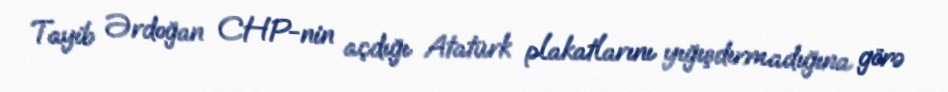
Tayib Ərdoğan CHP-nin açdığı Atatürk plakatlarını yığışdırmadığına görə